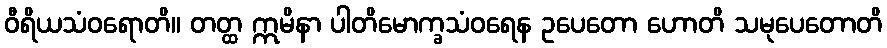
ဝီရိယသံဝရောတိ။ တတ္ထ ဣမိနာ ပါတိမောက္ခသံဝရေန ဥပေတော ဟောတိ သမုပေတောတိ